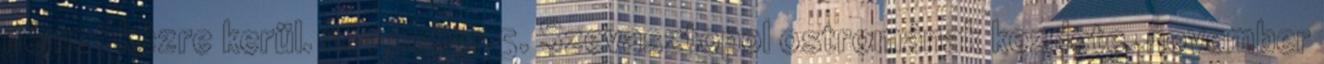
német kézre kerül. november 5. Szevasztopol ostromának kezdete. november